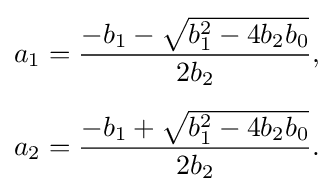
{\begin{aligned}a_{1}&={\frac {-b_{1}-{\sqrt {b_{1}^{2}-4b_{2}b_{0}}}}{2b_{2}}},\\[5pt]a_{2}&={\frac {-b_{1}+{\sqrt {b_{1}^{2}-4b_{2}b_{0}}}}{2b_{2}}}.\end{aligned}}